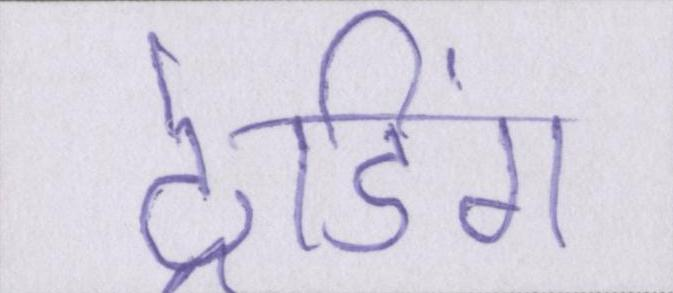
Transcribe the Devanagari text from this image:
ट्रेडिंग